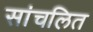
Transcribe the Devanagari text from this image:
सांचलित